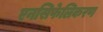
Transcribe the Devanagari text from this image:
एनसिफेलिकरण